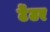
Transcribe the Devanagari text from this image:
टेंटर